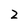
Character: 2